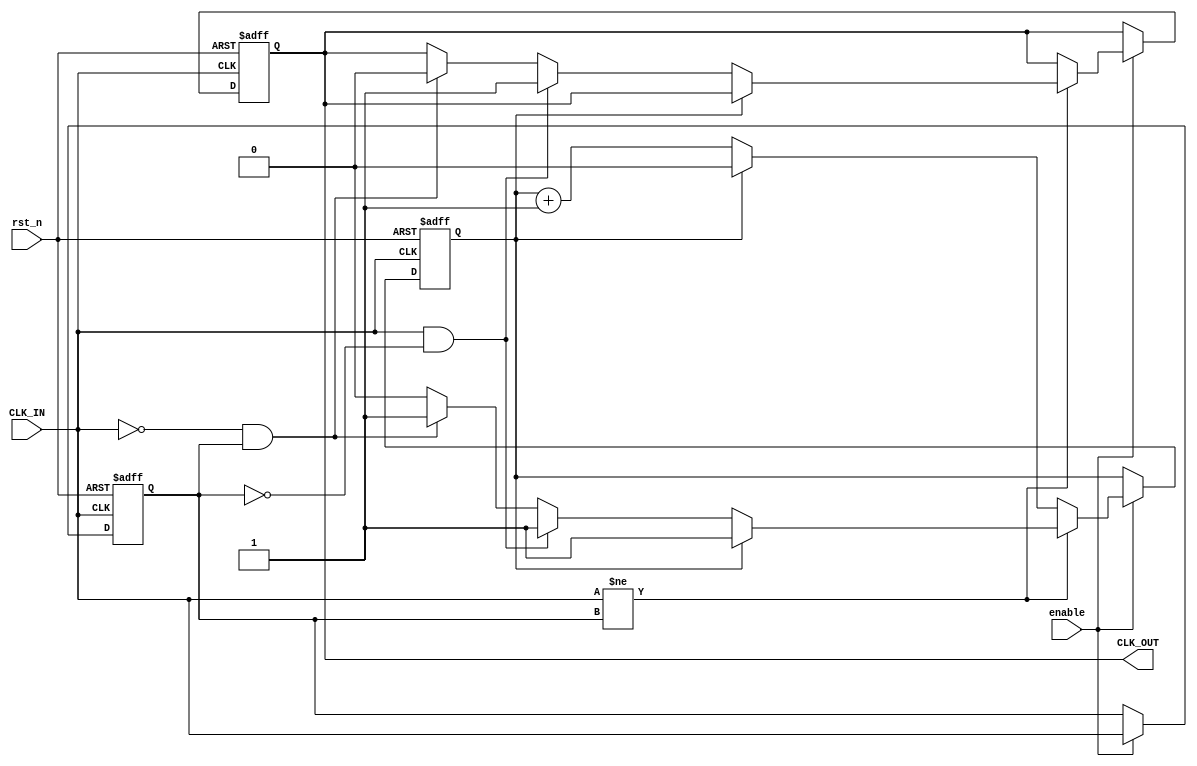
module clock_buffer (
    input wire CLK_IN,       // Clock input
    output wire CLK_OUT,     // Clock output
    input wire enable,       // Enable signal for buffer operation
    input wire rst_n         // Active low reset
);

    // Parameter definitions
    parameter BUFFER_DELAY = 1;  // Propagation delay in simulation units
    parameter HYSTERESIS_THRESHOLD = 1; // Hysteresis level for noise immunity

    // Internal signals
    reg buffered_clk;

    // Hysteresis check
    reg previous_clk;
    reg dead_zone;

    // Drive strength emulation by simulating a small delay
    always @(posedge CLK_IN or negedge rst_n) begin
        if (!rst_n) begin
            buffered_clk <= 1'b0;
            previous_clk <= 1'b0;
            dead_zone <= 1'b0;
        end else if (enable) begin
            // Implement hysteresis
            if (CLK_IN != previous_clk) begin
                if (dead_zone == 0) begin
                    // Apply hysteresis effect
                    if (CLK_IN == 1'b1 && previous_clk == 1'b0) begin
                        // Rising edge detected
                        buffered_clk <= 1'b1;
                        dead_zone <= 1;
                    end else if (CLK_IN == 1'b0 && previous_clk == 1'b1) begin
                        // Falling edge detected
                        buffered_clk <= 1'b0;
                        dead_zone <= 1;
                    end
                end
            end else begin
                dead_zone <= (dead_zone == HYSTERESIS_THRESHOLD) ? 0 : dead_zone + 1;
            end

            // Update previous clock state
            previous_clk <= CLK_IN;
        end
    end

    // Assign output with some delay (for simulation purposes)
    assign #BUFFER_DELAY CLK_OUT = buffered_clk;

endmodule